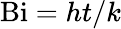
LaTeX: \mathrm{Bi}=ht/k